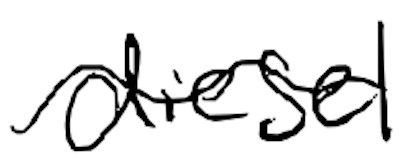
Text: diesel
Cross-out: wave
Writing tool: digital_black